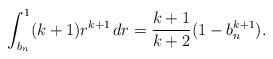
LaTeX: \begin{align*}\int_{b_n}^1 (k+1)r^{k+1} \, dr = \frac{k+1}{k+2}(1-b_n^{k+1}).\end{align*}